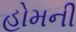
હોમની